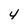
Character: 4